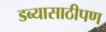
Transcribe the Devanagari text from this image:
डब्यासाठीपण